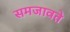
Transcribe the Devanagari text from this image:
समजावते